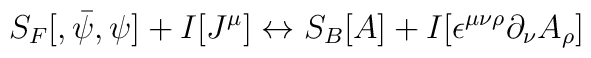
S_F[,{\bar\psi},\psi]+I[J^\mu] \leftrightarrow S_B[A]+I[\epsilon^{\mu\nu \rho}\partial_\nu A_\rho]